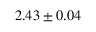
2 . 4 3 \pm 0 . 0 4